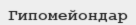
Гипомейондар